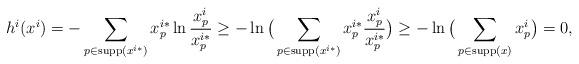
LaTeX: \begin{align*}h^i(x^ i) & =-\sum_{p\in \textrm{supp}(x^{i*})}x^{i*}_p\ln \frac{x^i_{p}}{x^{i*}_p} \geq - \ln \big(\sum_{p\in \textrm{supp}(x^{i*})}x^{i*}_p\frac{x^i_{p}}{x^{i*}_p}\big) \geq - \ln \big(\sum_{p\in \textrm{supp}(x)}x^i_{p}\big) =0,\end{align*}